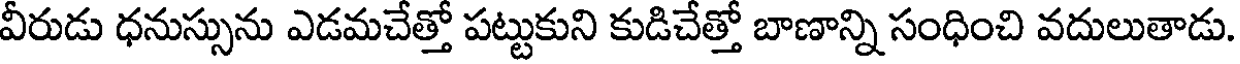
వీరుడు ధనుస్సును ఎడమచేత్తో పట్టుకుని కుడిచేత్తో బాణాన్ని సంధించి వదులుతాడు.